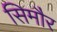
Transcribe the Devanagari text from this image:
सिमौर